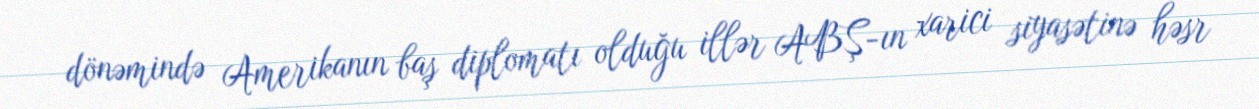
dönəmində Amerikanın baş diplomatı olduğu illər ABŞ-ın xarici siyasətinə həsr